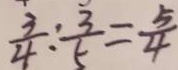
\frac { 3 } { 4 } : \frac { 3 } { 5 } = \frac { 5 } { 4 }